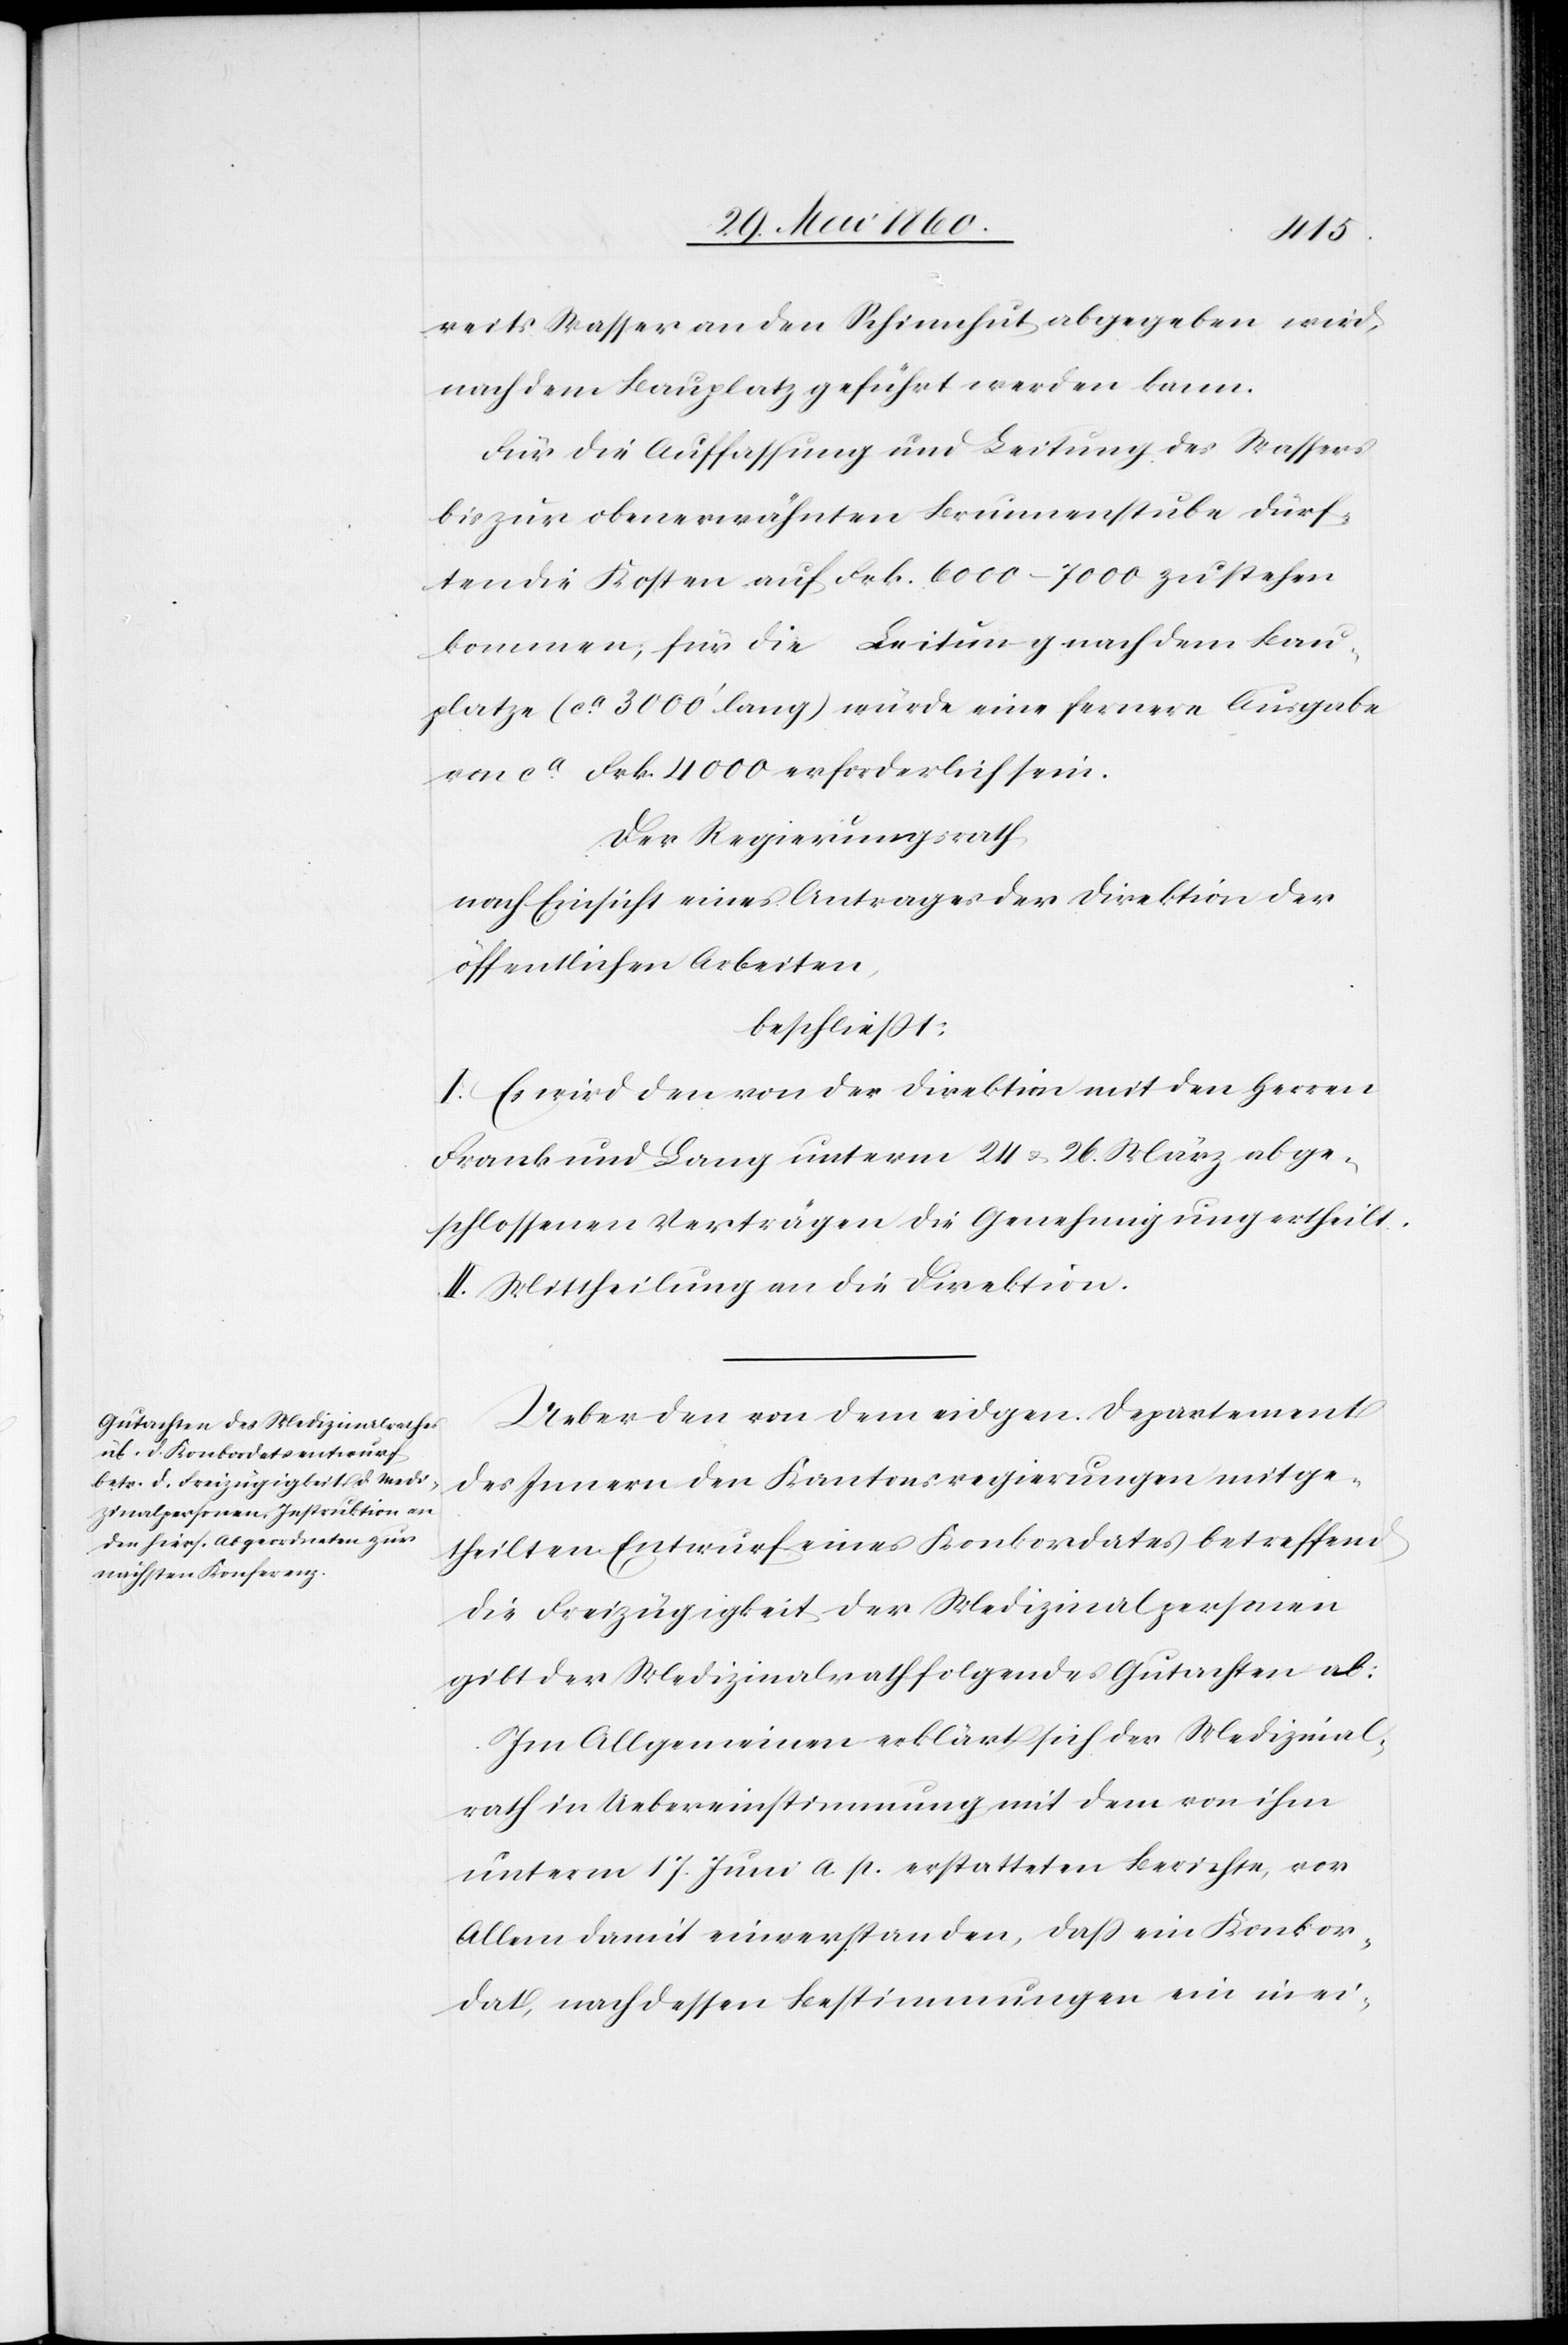
reits Wasser an den Schinhut abgegeben wird,
nach dem Bauplatz geführt werden kann.
Für die Auffassung und Leitung des Wassers
bis zur obenerwähnten Brunnenstube dürf¬
ten die Kosten auf Frk. 6000–7000 zu stehen
kommen, für die Leitung nach dem Bau¬
platze (ca 3000’ lang) würde eine fernere Ausgabe
von ca Frk. 4000 erforderlich sein.
Der Regierungsrath
nach Einsicht eines Antrages der Direktion der
öffentlichen Arbeiten,
beschliesst:
I. Es wird den von der Direktion mit den Herrn
Frank und Lang unterm 24. u. 26. März abge¬
schlossenen Verträgen die Genehmigung ertheilt.
II. Mittheilung an die Direktion.
Ueber den von dem eidgen. Departement
des Innern den Kantonsregierungen mitge¬
theilten Entwurf eines Konkordates betreffend
die Freizügigkeit der Medizinalpersonen
gibt der Medizinalrath folgendes Gutachten ab:
Im Allgemeinen erklärt sich der Medizinal¬
rath in Uebereinstimmung mit dem von ihm
unterm 17. Juni a. p. erstatteten Berichte, vor
Allem damit einverstanden, dass ein Konkor¬
dat, nach dessen Bestimmungen ein in ei-